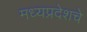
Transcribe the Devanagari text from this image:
मध्यप्रदेशचे